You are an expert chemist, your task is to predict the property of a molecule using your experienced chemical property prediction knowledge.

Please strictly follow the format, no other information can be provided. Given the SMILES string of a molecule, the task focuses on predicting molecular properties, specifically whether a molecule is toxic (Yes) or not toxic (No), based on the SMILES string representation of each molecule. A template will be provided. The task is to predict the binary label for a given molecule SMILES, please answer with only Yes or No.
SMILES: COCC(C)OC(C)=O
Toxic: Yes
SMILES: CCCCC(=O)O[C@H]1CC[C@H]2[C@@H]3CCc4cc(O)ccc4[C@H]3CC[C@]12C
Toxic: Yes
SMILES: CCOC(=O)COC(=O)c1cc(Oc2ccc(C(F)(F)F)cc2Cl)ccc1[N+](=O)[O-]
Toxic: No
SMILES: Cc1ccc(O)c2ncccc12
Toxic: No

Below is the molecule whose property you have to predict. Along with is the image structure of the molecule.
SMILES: C=C(C)C1CC=C(C)C(=O)C1
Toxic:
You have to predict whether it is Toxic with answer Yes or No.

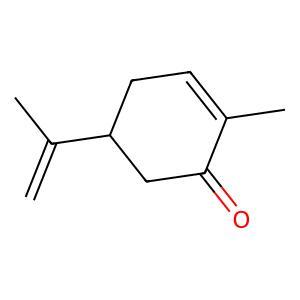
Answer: No